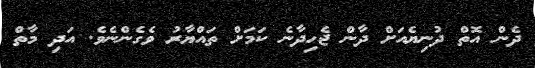
ދެން އޮތް ދުނިޔެއަށް ދާން ޖެހިދާނެ ކަމަށް ތައްޔާރު ވެގެންނެވެ. އަދި މާތް